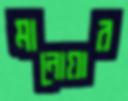
মানোয়ার